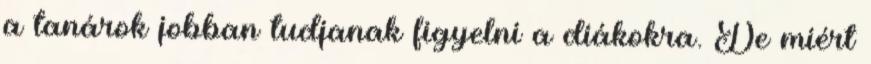
a tanárok jobban tudjanak figyelni a diákokra. De miért